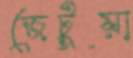
জেটুয়া